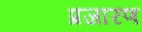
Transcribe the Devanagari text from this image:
प्रजारण